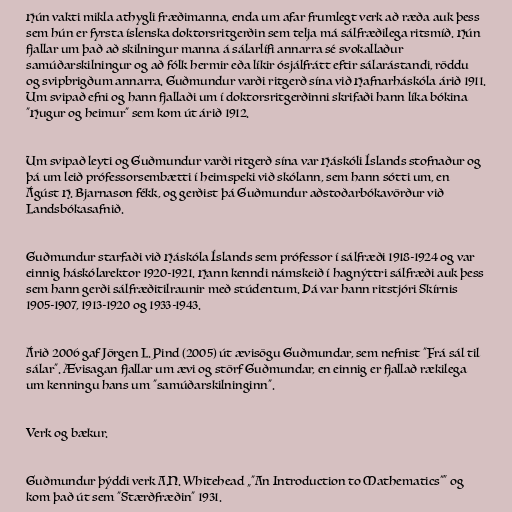
Hún vakti mikla athygli fræðimanna, enda um afar frumlegt verk að ræða auk þess
sem hún er fyrsta íslenska doktorsritgerðin sem telja má sálfræðilega ritsmíð. Hún
fjallar um það að skilningur manna á sálarlífi annarra sé svokallaður
samúðarskilningur og að fólk hermir eða líkir ósjálfrátt eftir sálarástandi, röddu
og svipbrigðum annarra. Guðmundur varði ritgerð sína við Hafnarháskóla árið 1911.
Um svipað efni og hann fjallaði um í doktorsritgerðinni skrifaði hann líka bókina
"Hugur og heimur" sem kom út árið 1912.

Um svipað leyti og Guðmundur varði ritgerð sína var Háskóli Íslands stofnaður og
þá um leið prófessorsembætti í heimspeki við skólann, sem hann sótti um, en
Ágúst H. Bjarnason fékk, og gerðist þá Guðmundur aðstoðarbókavörður við
Landsbókasafnið.

Guðmundur starfaði við Háskóla Íslands sem prófessor í sálfræði 1918-1924 og var
einnig háskólarektor 1920-1921. Hann kenndi námskeið í hagnýttri sálfræði auk þess
sem hann gerði sálfræðitilraunir með stúdentum. Þá var hann ritstjóri Skírnis
1905-1907, 1913-1920 og 1933-1943.

Árið 2006 gaf Jörgen L. Pind (2005) út ævisögu Guðmundar, sem nefnist "Frá sál til
sálar". Ævisagan fjallar um ævi og störf Guðmundar, en einnig er fjallað rækilega
um kenningu hans um "samúðarskilninginn".

Verk og bækur.

Guðmundur þýddi verk A.N. Whitehead „"An Introduction to Mathematics"“ og
kom það út sem "Stærðfræðin" 1931.